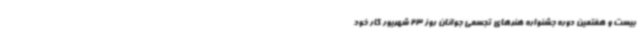
بیست و هفتمین دوره جشنواره هنرهای تجسمی جوانان روز 23 شهریور کار خود